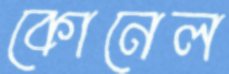
কোনেল